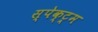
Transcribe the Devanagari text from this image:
स्पेक्ट्र्म